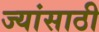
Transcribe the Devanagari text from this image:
ज्यांसाठी